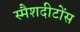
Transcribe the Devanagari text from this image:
स्मैशदीटोंस